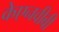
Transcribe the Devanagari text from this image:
केएनवीबी